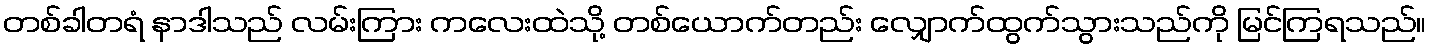
တစ်ခါတရံ နာဒါသည် လမ်းကြား ကလေးထဲသို့ တစ်ယောက်တည်း လျှောက်ထွက်သွားသည်ကို မြင်ကြရသည်။